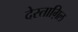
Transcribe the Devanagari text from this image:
देस्ताग़िल